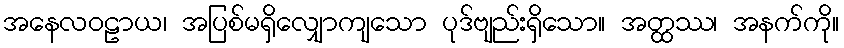
အနေလဝဠာယ၊ အပြစ်မရှိလျှောကျသော ပုဒ်ဗျည်းရှိသော။ အတ္ထဿ၊ အနက်ကို။